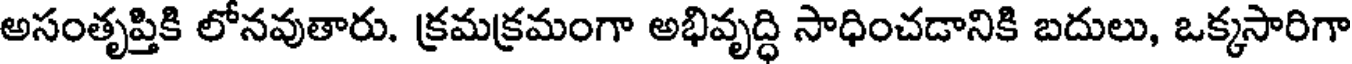
అసంతృప్తికి లోనవుతారు. క్రమక్రమంగా అభివృద్ధి సాధించడానికి బదులు, ఒక్కసారిగా